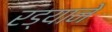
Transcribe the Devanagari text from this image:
रड्याने